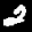
Label: 2